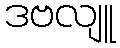
ဒဗလျူ